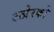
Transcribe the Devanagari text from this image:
उत्प्रेरको